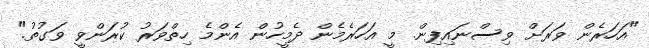
"އަހަރެން ވަރަށް ވިސްނައިފިން. މީ އަހަރެމެން ދެމީހުން އެންމެ ހިތްވަރު ކުރަންވީ ވަގުތު."